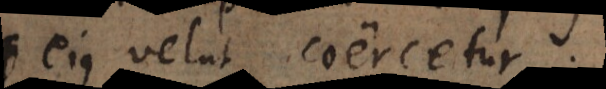
ejus velut coercetur.